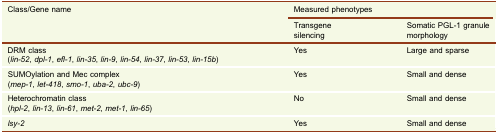
<table><thead><tr><td rowspan="2"><b>Class/Gene name</b></td><td colspan="2"><b>Measured phenotypes</b></td></tr><tr><td><b>Transgene silencing</b></td><td><b>Somatic PGL-1 granule morphology</b></td></tr></thead><tbody><tr><td>DRM class(<i>lin-52</i>, <i>dpl-1</i>, <i>efl-1</i>, <i>lin-35</i>, <i>lin-9</i>, <i>lin-54</i>, <i>lin-37</i>, <i>lin-53</i>, <i>lin-15b</i>)</td><td>Yes</td><td>Large and sparse</td></tr><tr><td>SUMOylation and Mec complex(<i>mep-1</i>, <i>let-418</i>, <i>smo-1</i>, <i>uba-2</i>, <i>ubc-9</i>)</td><td>Yes</td><td>Small and dense</td></tr><tr><td>Heterochromatin class(<i>hpl-2</i>, <i>lin-13</i>, <i>lin-61</i>, <i>met-2</i>, <i>met-1</i>, <i>lin-65</i>)</td><td>No</td><td>Small and dense</td></tr><tr><td><i>lsy-2</i></td><td>Yes</td><td>Small and dense</td></tr></tbody></table>